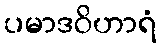
ပမာဒဝိဟာရံ